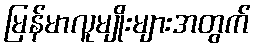
မြန်မာလူမျိုးများအတွက်